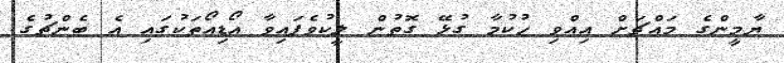
ޔާމީންގެ މައްޗަށް އިއްވި ހުކުމާ ގުޅޭ ގޮތުން ލީކުވެފައިވާ އޯޑިއޯތަކުގައި އެ ބެންޗުގެ